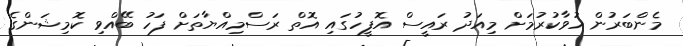
މެންބަރުން ހުވާކުރުމަށް މިއަދު ރައީސް އޮފީހުގައި އޮތް ރަސްމިއްޔާތަށް ފަހު ބޭއްވި ކޮމިޝަންގެ